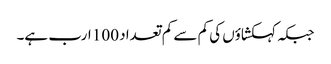
جبکہ کہکشاؤں کی کم سے کم تعداد 100 ارب ہے۔